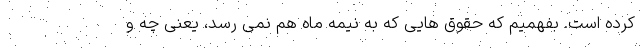
کرده است. بفهمیم که حقوق هایی که به نیمه ماه هم نمی رسد، یعنی چه و